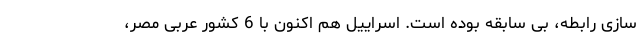
سازی رابطه، بی سابقه بوده است. اسراییل هم اکنون با 6 کشور عربی مصر،